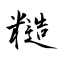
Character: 糙